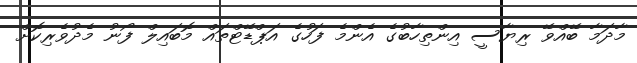
މާދަމާ ބޭއްވޭ ރިޔާސީ އިންތިހާބުގެ އެންމެ ފަހުގެ އަޕްޑޭޓްތައް މޮބައިލް ފޯނު މެދުވެރިކޮށް